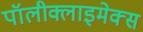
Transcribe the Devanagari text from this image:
पॉलीक्लाइमेक्स